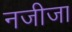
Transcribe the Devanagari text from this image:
नजीजा